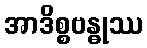
အာဒိစ္စဗန္ဓုဿ